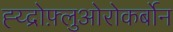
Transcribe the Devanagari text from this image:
ह्य्द्रोफ़्लुओरोकर्बोन